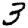
Digit: 3